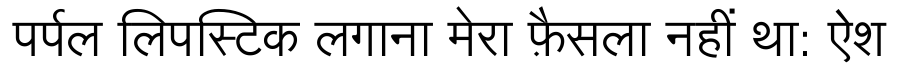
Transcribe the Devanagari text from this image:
पर्पल लिपस्टिक लगाना मेरा फ़ैसला नहीं था: ऐश